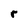
Character: r